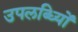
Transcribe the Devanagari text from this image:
उपलब्ध्यिों